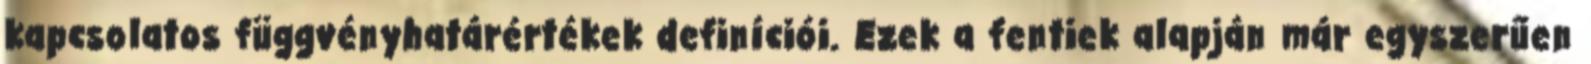
kapcsolatos függvényhatárértékek definíciói. Ezek a fentiek alapján már egyszerűen